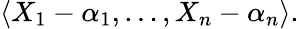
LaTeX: \langle X_{1}-\alpha_{1},\ldots,X_{n}-\alpha_{n}\rangle.